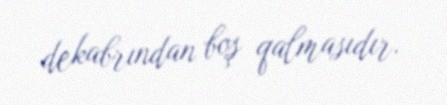
dekabrından boş qalmasıdır.